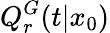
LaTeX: Q_{r}^{G}(t|x_{0})